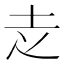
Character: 赱